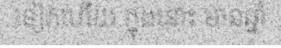
ទៀតហើយ ក្នុងនោះ មានឆ្នាំ